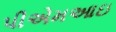
પીએમઆઇ